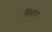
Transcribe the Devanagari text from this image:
मिश्ररंग